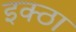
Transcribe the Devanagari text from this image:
इक्ठा